Lunatic asylums Punjab 1895-1910 - 1895-1910
Year: 1895
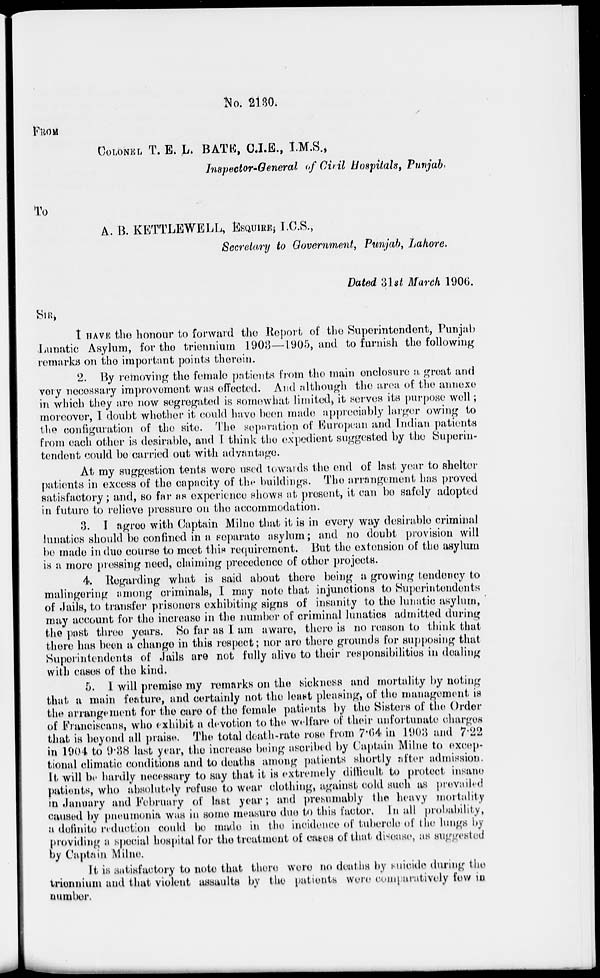
No. 2130.
FROM
COLONEL T. E. L. BATE, C.I.E., I.M.S.,
Inspector-General of Civil Hospitals, Punjab.
To
A. B. KETTLEWELL, ESQUIRE, I.C.S.,
Secretary to Government, Punjab, Lahore,
Dated 31st March 1906.
SIR,
I HAVE the honour to forward the Report of the Superintendent, Punjab
Lunatic Asylum, for the triennium 1903—1905, and to furnish the following
remarks on the important points therein.
2. By removing the female patients from the main enclosure a great and
very necessary improvement was effected. And although the area of the annexe
in which they are now segregated is somewhat limited, it serves its purpose well ;
moreover, I doubt whether it could have been made appreciably larger owing to
the configuration of the site. The separation of European and Indian patients
from each other is desirable, and I think the expedient suggested by the Superin-
tendent could be carried out with advantage.
At my suggestion tents were used towards the end of last year to shelter
patients in excess of the capacity of the buildings. The arrangement has proved
satisfactory; and, so far as experience shows at present, it can be safely adopted
in future to relieve pressure on the accommodation.
3. I agree with Captain Milne that it is in every way desirable criminal
lunatics should be confined in a separate asylum; and no doubt provision will
be made in due course to meet this requirement. But the extension of the asylum
is a more pressing need, claiming precedence of other projects.
4. Regarding what is said about there being a growing tendency to
malingering among criminals, I may note that injunctions to Superintendents
of Jails, to transfer prisoners exhibiting signs of insanity to the lunatic asylum,
may account for the increase in the number of criminal lunatics admitted during
the post three years. So far as I am aware, there is no reason to think that
there has been a change in this respect; nor are there grounds for supposing that
Superintendents of Jails are not fully alive to their responsibilities in dealing
with cases of the kind.
5. I will premise my remarks on the sickness and mortality by noting
that a main feature, and certainly not the least pleasing, of the management is
the arrangement for the care of the female patients by the Sisters of the Order
of Franciscans, who exhibit a devotion to the welfare of their unfortunate charges
that is beyond all praise. The total death-rate rose from 7.64 in 1903 and 7.22
in 1904 to 9.38 last year, the increase being ascribed by Captain Milne to excep-
tional climatic conditions and to deaths among patients shortly after admission.
It will be hardly necessary to say that it is extremely difficult to protect insane
patients, who absolutely refuse to wear clothing, against cold such as prevailed
in January and February of last year; and presumably the heavy mortality
caused by pneumonia was in some measure due to this factor. In all probability,
a definite reduction could be made in the incidence of tubercle of the lungs by
providing a special hospital for the treatment of cases of that disease, as suggested
by Captain Milne.
It is satisfactory to note that there were no deaths by suicide during the
triennium and that violent assaults by the patients were comparatively few in
number.